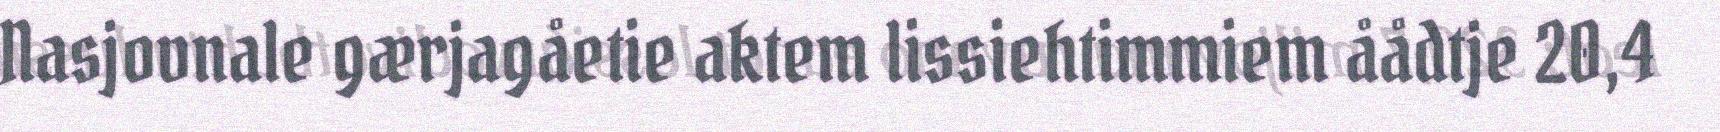
Nasjovnale gærjagåetie aktem lissiehtimmiem åådtje 20,4